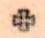
+